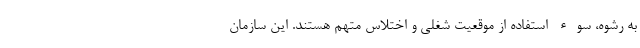
به رشوه،‌ سوء استفاده از موقعیت شغلی و اختلاس متهم هستند. این سازمان